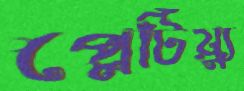
প্লেটিয়্যু